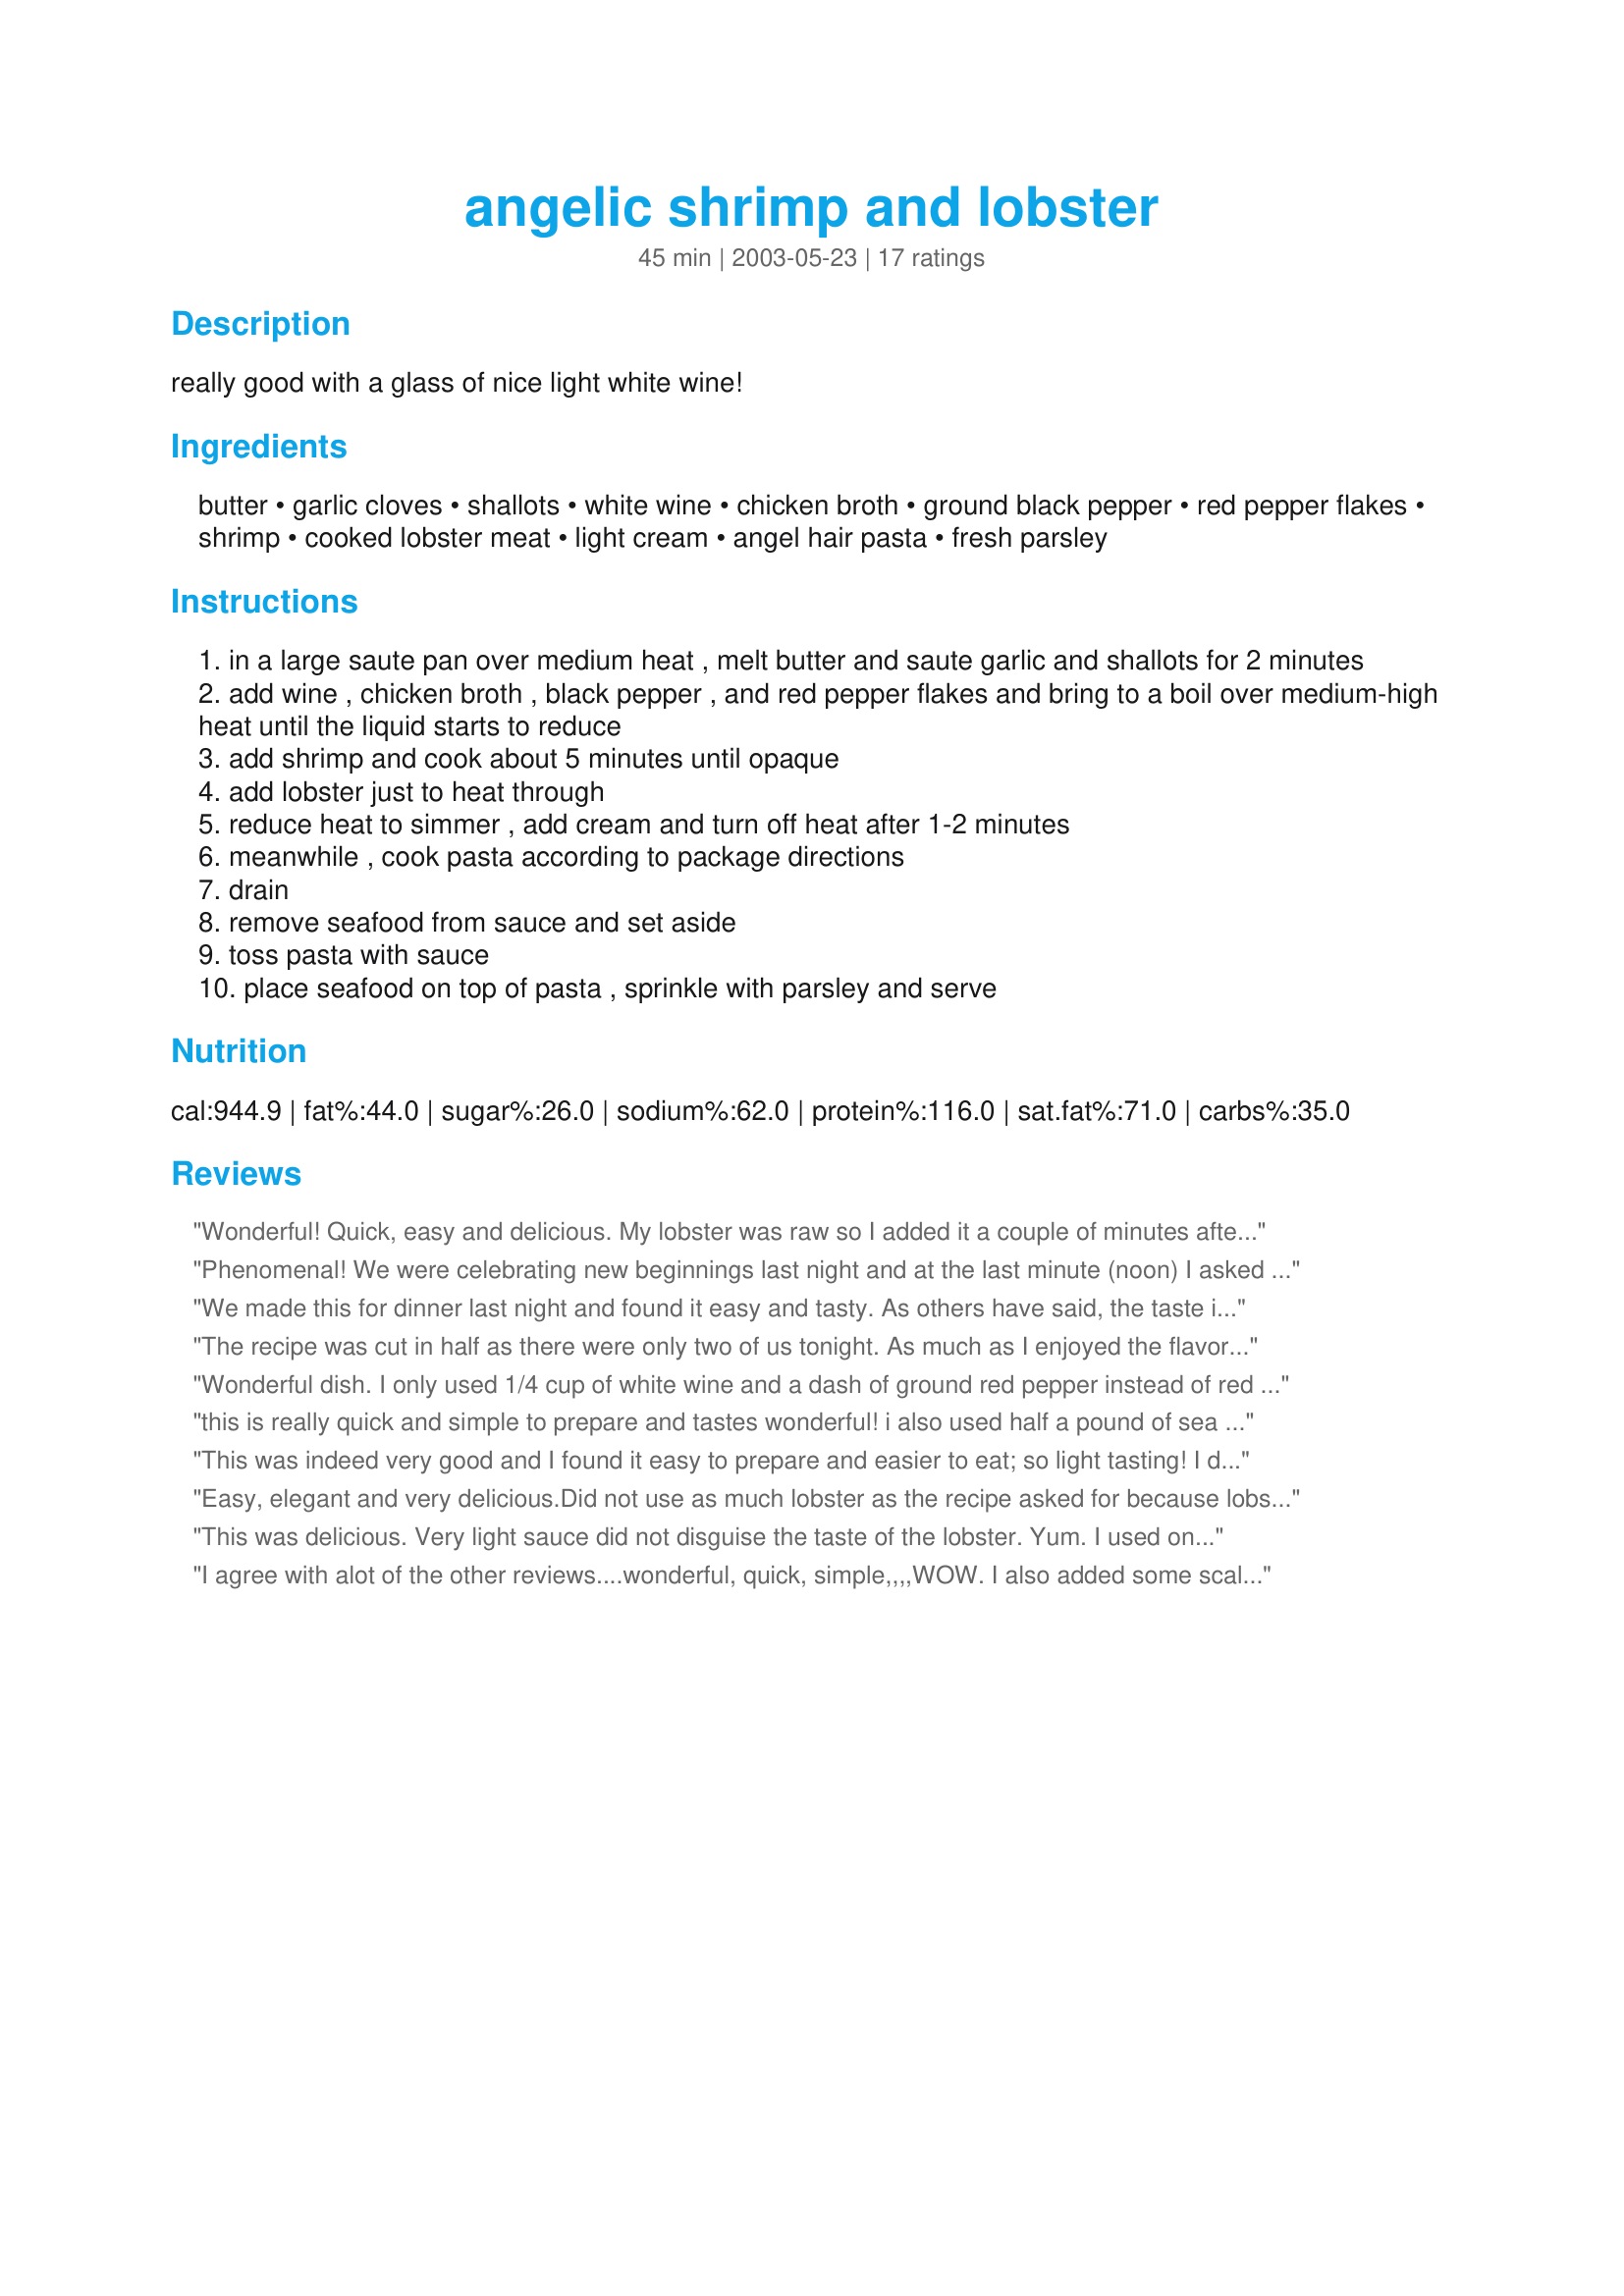
angelic shrimp and lobster
Preparation time: 45 minutes

really good with a glass of nice light white wine!

Ingredients:
butter, garlic cloves, shallots, white wine, chicken broth, ground black pepper, red pepper flakes, shrimp, cooked lobster meat, light cream, angel hair pasta, fresh parsley

Steps:
in a large saute pan over medium heat , melt butter and saute garlic and shallots for 2 minutes
add wine , chicken broth , black pepper , and red pepper flakes and bring to a boil over medium-high heat until the liquid starts to reduce
add shrimp and cook about 5 minutes until opaque
add lobster just to heat through
reduce heat to simmer , add cream and turn off heat after 1-2 minutes
meanwhile , cook pasta according to package directions
drain
remove seafood from sauce and set aside
toss pasta with sauce
place seafood on top of pasta , sprinkle with parsley and serve

Reviews:
Wonderful! Quick, easy and delicious. My lobster was raw so I added it a couple of minutes after the shrimp. I agree that scallops would go well in this and I'll do that next time. My family loved this dish, as did I. Thanks Kim, this is going in my permanent file!
Phenomenal! We were celebrating new beginnings last night and at the last minute (noon) I asked DH to grab some lobster (on sale) and 1/2 and 1/2 on the way home from work.
We added a salad and some wine and holy smokes!!! This was one our favourites in the last year. 

I added some mushrooms while the shallots sauteed.. nice touch 

Thanks much Kim...you helped us celebrate!!
We made this for dinner last night and found it easy and tasty. As others have said, the taste is really mild and we did not even notice the lobster that much (for the price, DH said we could have gotten away with all shrimp). I would add more garlic and red pepper next time. I had the same problem with thin sauce, though we cooked longer and it seemed to thicken up a bit. I topped with Parmesan cheese.
The recipe was cut in half as there were only two of us tonight. As much as I enjoyed the flavor I was a little disappointed that my sauce was thin. When making this again I'll make sure to simmer down the sauce a little more. An excellent dish Kim, thanks for posting this. Made for ZWT3 USA regional.
Wonderful dish. I only used 1/4 cup of white wine and a dash of ground red pepper instead of red pepper flakes. I did not add the cream. It had a nice light flavor with just a hint of a sting to it, delicious. I used imitation crab as lobster is very expensive where I am but I bet it would have been even better with real lobster. I also thickened it with cornstarch. A keeper for sure but next time I think I'll just use shrimp.
this is really quick and simple to prepare and tastes wonderful! i also used half a pound of sea scallops in addition to the shrimp and lobster tails. this is a keeper!
This was indeed very good and I found it easy to prepare and easier to eat; so light tasting! I do apologize; with my picture I guess you see I forgot the chopped parsley(it was all chopped and ready in the fridge) but I thought of it after we finished eating.Did not change the heavenly taste;thanks for posting.I made this for WT4 Challenge.
Rita
Easy, elegant and very delicious.Did not use as much lobster as the recipe asked for because lobster is very expensive here. I made up the amount with more shrimp. The sauce was a little thin but actually that was very good with the pasta ...will make again!!!!
This was delicious. Very light sauce did not disguise the taste of the lobster. Yum. I used only lobster as my DH and I purchased a 9 lb lobster the day before and I wanted use up the rest of the meat. Thanks for sharing.
I agree with alot of the other reviews....wonderful, quick, simple,,,,WOW. I also added some scallops and reduced the sauce . Might add some more red pepper and more garlic next time but definitely would make again
This had a very mild, delicate flavor (even though there is a significant amount of garlic and some red pepper). I, too, found the sauce too thin. It ended up sitting at the bottom of the pasta bowl, even though I had tossed it well. If the sauce was only thicker and clung to the pasta, I definitely would have given 5 stars. It is something I would like to play with, though!
WOW! I have had this in my "Make Soon" cookbook but never got around to it. Had some leftover lobster from NYE that I removed from shell and froze. I know. I know. I live in the boonies and cannot get fresh very often so I bought extra live lobster when they were available for NYE. Anyway, I used frozen, thawed lobster and shrimp. The only change I made to your fantastic recipe was that and the fact that I used linguine rather than angel hair. This is a DIVINE recipe! Even using frozen! The sauce was a bit thin as others stated so I thickened it with a little cornstarch as per their input. This would be fab with mushrooms or broccoli or whatever but this is so divine on its own why add other things? lol Kim this made an amazingly sexy and romantic Valentine's Day supper for dh and me! Paired with a great white wine and some crusty bread! mmmmmm! Thanks for sharing this sweetie! U made this lobster shy girl a lobster lover!
Very flavorful dish, but my sauce didn't stick to the pasta either. I even added some starchy water from the pasta, and some Parmesan cheese but it still didn't thicken up. I think I'm going to make it again but I will add some flour to it and see what happens. This recipe is definitely worth doctoring with because it doesn't overpower the seafood, yet it adds a wonderful subtle flavor. Thank you.
I was looking for a good romantic seafood dinner. I came across this one and had to make it because a)love shrimp and lobster, b)she was a Red Soxs fan. :-) 
It was very quick and easy to make and was excellent as well! I did use the extra jumbo shrimp. Needless to say there wasn't any leftover. This was great. Thank you.
Excellent dish. Took advice of another reviewer and added mushrooms. After reading the numerous reviews regarding the thinness of the sauce, I decided to reduce the wine and chicken broth to half which gave it a richer flavor, took out the lobster and shrimp when done, then added whipping cream and reduced the sauce by half again before putting the fish back in to reheat. Resulted in a perfect consistency. I left the fish in the sauce and just spooned it over the pasta, as I was using black squid ink pasta and wanted the contrast. Thanks for making our TGIF dinner a memorable one.
I made this for my husband's birthday dinner. I bought fresh lobster tails and cooked the lobster meat with the shrimp rather than pre-cooking it. I reduced the amount of liquid based on others' comments and wished I hadn't. The sauce was GREAT and I would have liked a bit more. I also used 1/2 & 1/2 instead of light cream. YUMMY! This was a PERFECT dinner. Tasted light and amazing. Thank you Kim.
I made a half recipe of this dish for just 2 of us, but used a full lb of lobster & no shrimp. We're very lucky we can get lobster here for a fraction of what we would pay in the US & I had a bag of the langostino variety tails. I added some Old Bay + mushrooms to this & served it w/a crusty baguette & garlic butter. As another reviewer said, the sauce was thin, but did thicken a bit when allowed to cool slightly. This will be repeated & I will prob reduce the amt of wine & broth, but leave the cream the same to help correct for this. All that said, short of eating a tail w/herbed lemon butter, this is 1 of the best lobster dishes we have had. Thx for sharing the recipe w/us.
